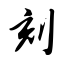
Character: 刻